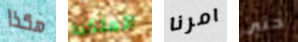
هكذا الملكية امرنا حتى